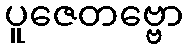
ပူဇေတဗ္ဗော